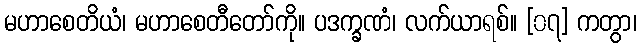
မဟာစေတိယံ၊ မဟာစေတီတော်ကို။ ပဒက္ခဏံ၊ လက်ယာရစ်။ [၀၇] ကတွာ၊